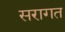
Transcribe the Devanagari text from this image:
सरागत